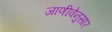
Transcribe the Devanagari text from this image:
जाणीवेनुसार